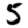
Digit: 5